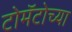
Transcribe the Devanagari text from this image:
टोमॅटोच्या